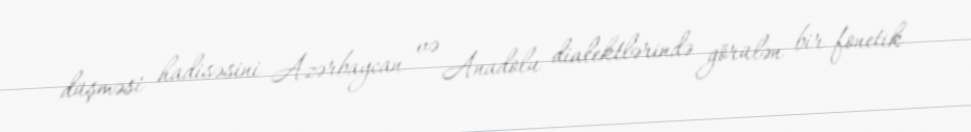
düşməsi hadisəsini Azərbaycan və Anadolu dialektlərində görülən bir fonetik